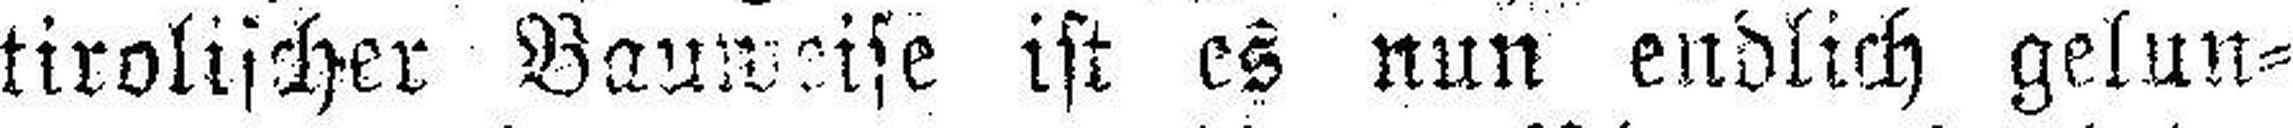
tirolischer Bauweise ist es nun endlich gelun¬